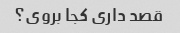
قصد داری کجا بروی؟